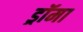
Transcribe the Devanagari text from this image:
ड्रॉमा